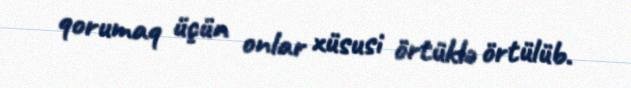
qorumaq üçün onlar xüsusi örtüklə örtülüb.